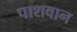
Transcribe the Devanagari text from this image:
पाशवान